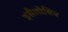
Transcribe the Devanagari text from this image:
इसैलोविच